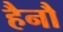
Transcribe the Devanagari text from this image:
हैनौ